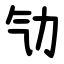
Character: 㔕